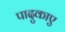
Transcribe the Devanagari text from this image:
पादुकाए